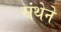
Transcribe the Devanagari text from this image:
संथेने